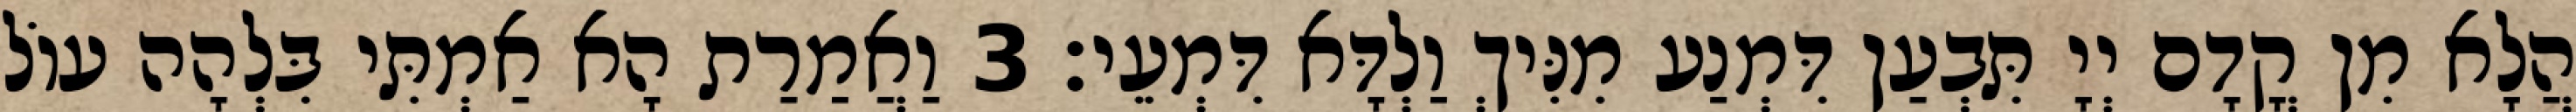
הֲלָא מִן קֳדָם יְיָ תִּבְעַן דִּמְנַע מִנִּיךְ וַלְדָּא דִּמְעֵי׃ 3 וַאֲמַרַת הָא אַמְתִּי בִּלְהָה עוֹל